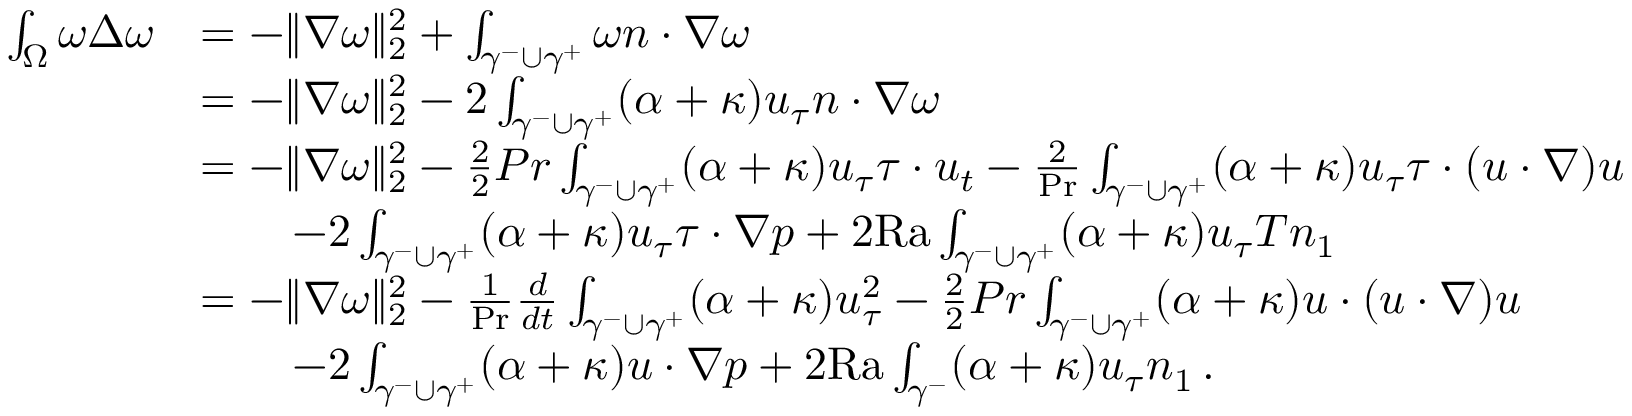
\begin{array} { r l } { \int _ { \Omega } \omega \Delta \omega } & { = - \| \nabla \omega \| _ { 2 } ^ { 2 } + \int _ { \gamma ^ { - } \cup \gamma ^ { + } } \omega n \cdot \nabla \omega } \\ & { = - \| \nabla \omega \| _ { 2 } ^ { 2 } - 2 \int _ { \gamma ^ { - } \cup \gamma ^ { + } } ( \alpha + \kappa ) u _ { \tau } n \cdot \nabla \omega } \\ & { = - \| \nabla \omega \| _ { 2 } ^ { 2 } - \frac { 2 } { 2 } { { P r } } \int _ { \gamma ^ { - } \cup \gamma ^ { + } } ( \alpha + \kappa ) u _ { \tau } \tau \cdot u _ { t } - \frac { 2 } { \mathrm { P r } } \int _ { \gamma ^ { - } \cup \gamma ^ { + } } ( \alpha + \kappa ) u _ { \tau } \tau \cdot ( u \cdot \nabla ) u } \\ & { \qquad - 2 \int _ { \gamma ^ { - } \cup \gamma ^ { + } } ( \alpha + \kappa ) u _ { \tau } \tau \cdot \nabla p + 2 \mathrm { { R a } } \int _ { \gamma ^ { - } \cup \gamma ^ { + } } ( \alpha + \kappa ) u _ { \tau } T n _ { 1 } } \\ & { = - \| \nabla \omega \| _ { 2 } ^ { 2 } - \frac { 1 } { \mathrm { P r } } \frac { d } { d t } \int _ { \gamma ^ { - } \cup \gamma ^ { + } } ( \alpha + \kappa ) u _ { \tau } ^ { 2 } - \frac { 2 } { 2 } { { P r } } \int _ { \gamma ^ { - } \cup \gamma ^ { + } } ( \alpha + \kappa ) u \cdot ( u \cdot \nabla ) u } \\ & { \qquad - 2 \int _ { \gamma ^ { - } \cup \gamma ^ { + } } ( \alpha + \kappa ) u \cdot \nabla p + 2 { \mathrm { R a } } \int _ { \gamma ^ { - } } ( \alpha + \kappa ) u _ { \tau } n _ { 1 } \, . } \end{array}